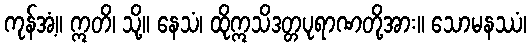
ကုန်အံ့။ ဣတိ၊ သို့။ နေသံ၊ ထိုဣသိဒတ္တပုရာဏတို့အား။ သောမနဿံ၊